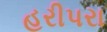
હરીપરા